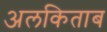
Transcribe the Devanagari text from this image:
अलकिताब